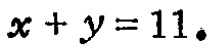
\(x + y = 11\)